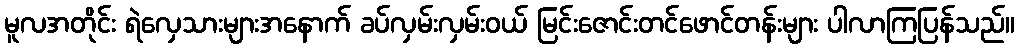
မူလအတိုင်း ရဲလှေသားများအနောက် ခပ်လှမ်းလှမ်းဝယ် မြင်းဇောင်းတင်ဖောင်တန်းများ ပါလာကြပြန်သည်။